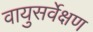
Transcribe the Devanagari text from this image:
वायुसर्वेक्षण